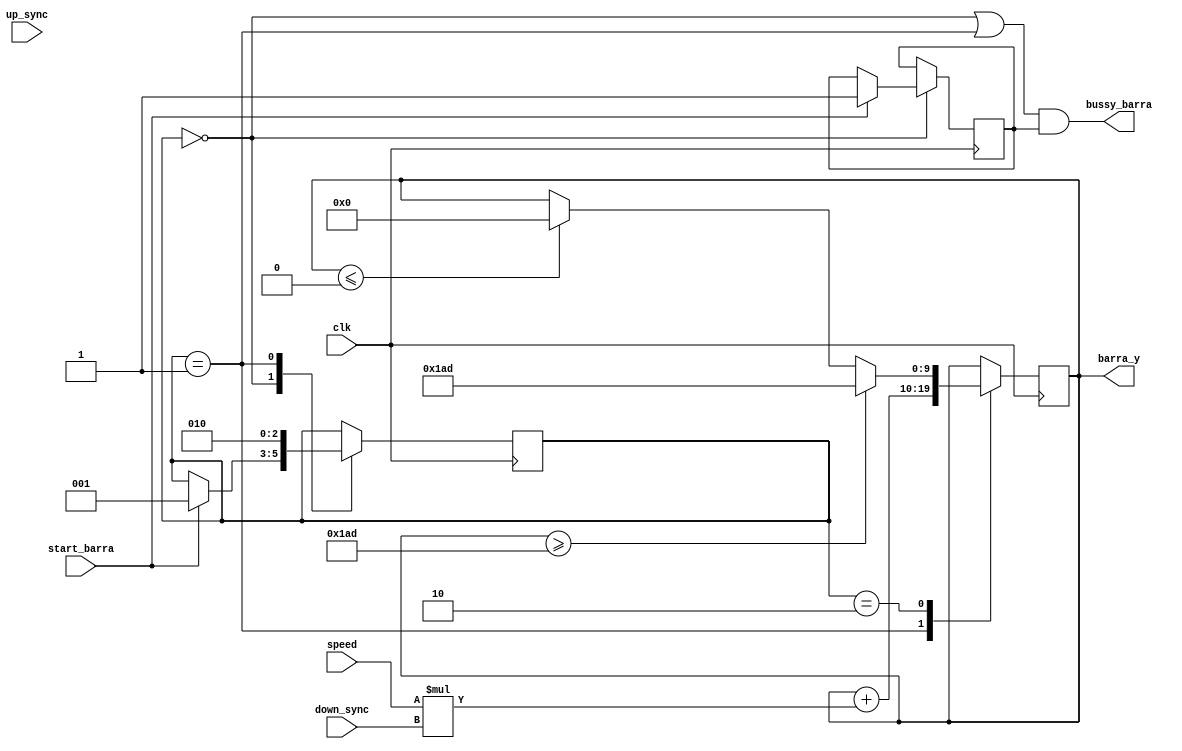
module fsm_barra(clk, start_barra, bussy_barra, barra_y, speed, up_sync, down_sync);
	input clk, start_barra, up_sync, down_sync;
	input [4:0] speed;
	output bussy_barra;
	output reg [9:0] barra_y;
	reg comenzar;
	reg [2:0]state;
	parameter STATE_0 = 0;
	parameter STATE_1 = 1;
	parameter STATE_2 = 2;
	parameter LIMIT_MAX = 429;
	initial
		begin
			comenzar <= 0;
		end
	always@(posedge clk)
	begin
		case(state)
			STATE_0:
			begin
				if (start_barra)
				begin
					comenzar <= 1;
					state <= STATE_1;
				end
			end
			STATE_1:
			begin
				barra_y <= barra_y - speed*up_sync;
				barra_y <= barra_y + speed*down_sync;
				state <= STATE_2;
			end
			STATE_2:
			begin
				if (barra_y >= LIMIT_MAX)
					begin
						barra_y <= LIMIT_MAX;
					end
				else if(barra_y <= 0)
					begin
						barra_y <= 0;
					end
			end
		endcase
	end
	assign bussy_barra = ((state == STATE_0)||(state == STATE_1))&&(comenzar == 1);
endmodule